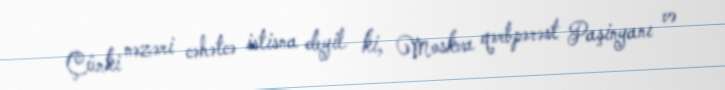
Çünki nəzəri cəhətcə istisna deyil ki, Moskva qərbpərəst Paşinyanı və